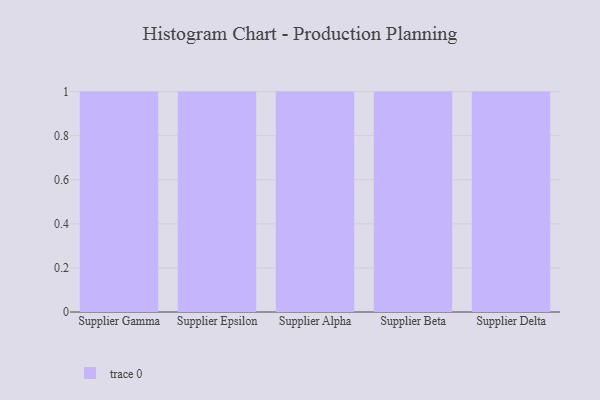
{"axis": {"x": "Supplier", "y": "Bounce Rate (%)"}, "legend": [""], "data": [{"x": "Supplier Gamma", "y": 9, "type": ""}, {"x": "Supplier Epsilon", "y": 97, "type": ""}, {"x": "Supplier Alpha", "y": 96, "type": ""}, {"x": "Supplier Beta", "y": 5, "type": ""}, {"x": "Supplier Delta", "y": 63, "type": ""}]}